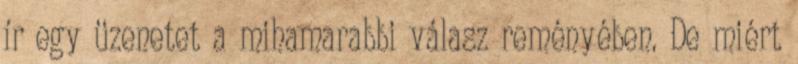
ír egy üzenetet a mihamarabbi válasz reményében. De miért